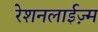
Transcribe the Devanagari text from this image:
रेशनलाईज़्म